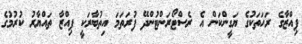
ޕިއްޒާގެ ރަހަތަކުގެ ޔަގީންކަން އެ ރެސްޓޯރަންޓުންދޭ ފުރަތަމަ އިތުބާރަކީ ޕިއްޒާ ތައްޔާރު ކުރުމުގެ